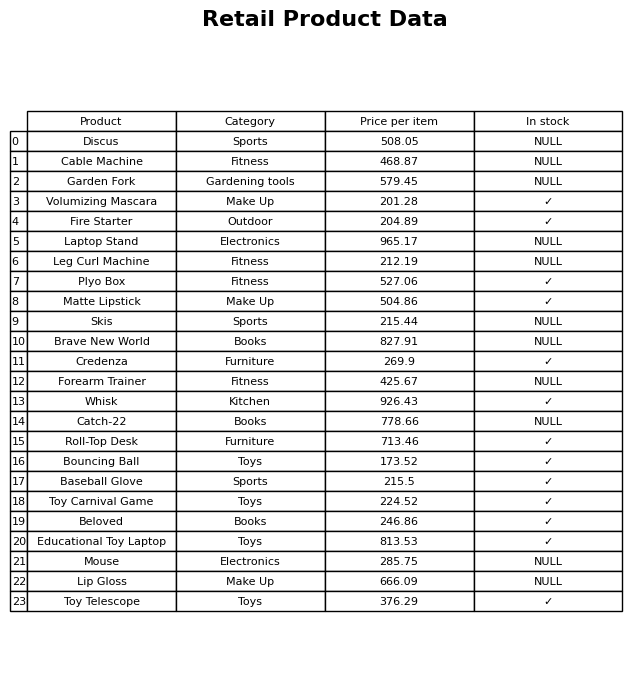
question: Which products are available in stock?
answer: Volumizing Mascara, Fire Starter, Plyo Box, Matte Lipstick, Credenza, Whisk, Roll-Top Desk, Bouncing Ball, Baseball Glove, Toy Carnival Game, Beloved, Educational Toy Laptop, Toy Telescope